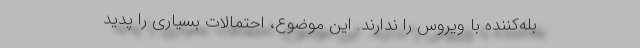
بله‌کننده با ویروس را ندارند. این موضوع، احتمالات بسیاری را پدید